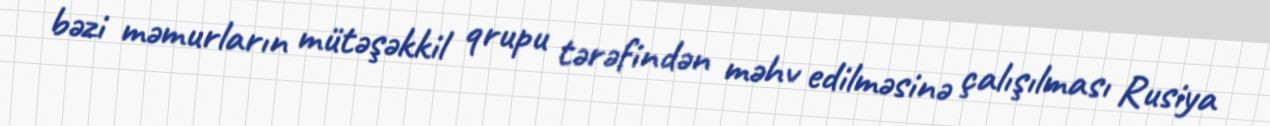
bəzi məmurların mütəşəkkil qrupu tərəfindən məhv edilməsinə çalışılması Rusiya